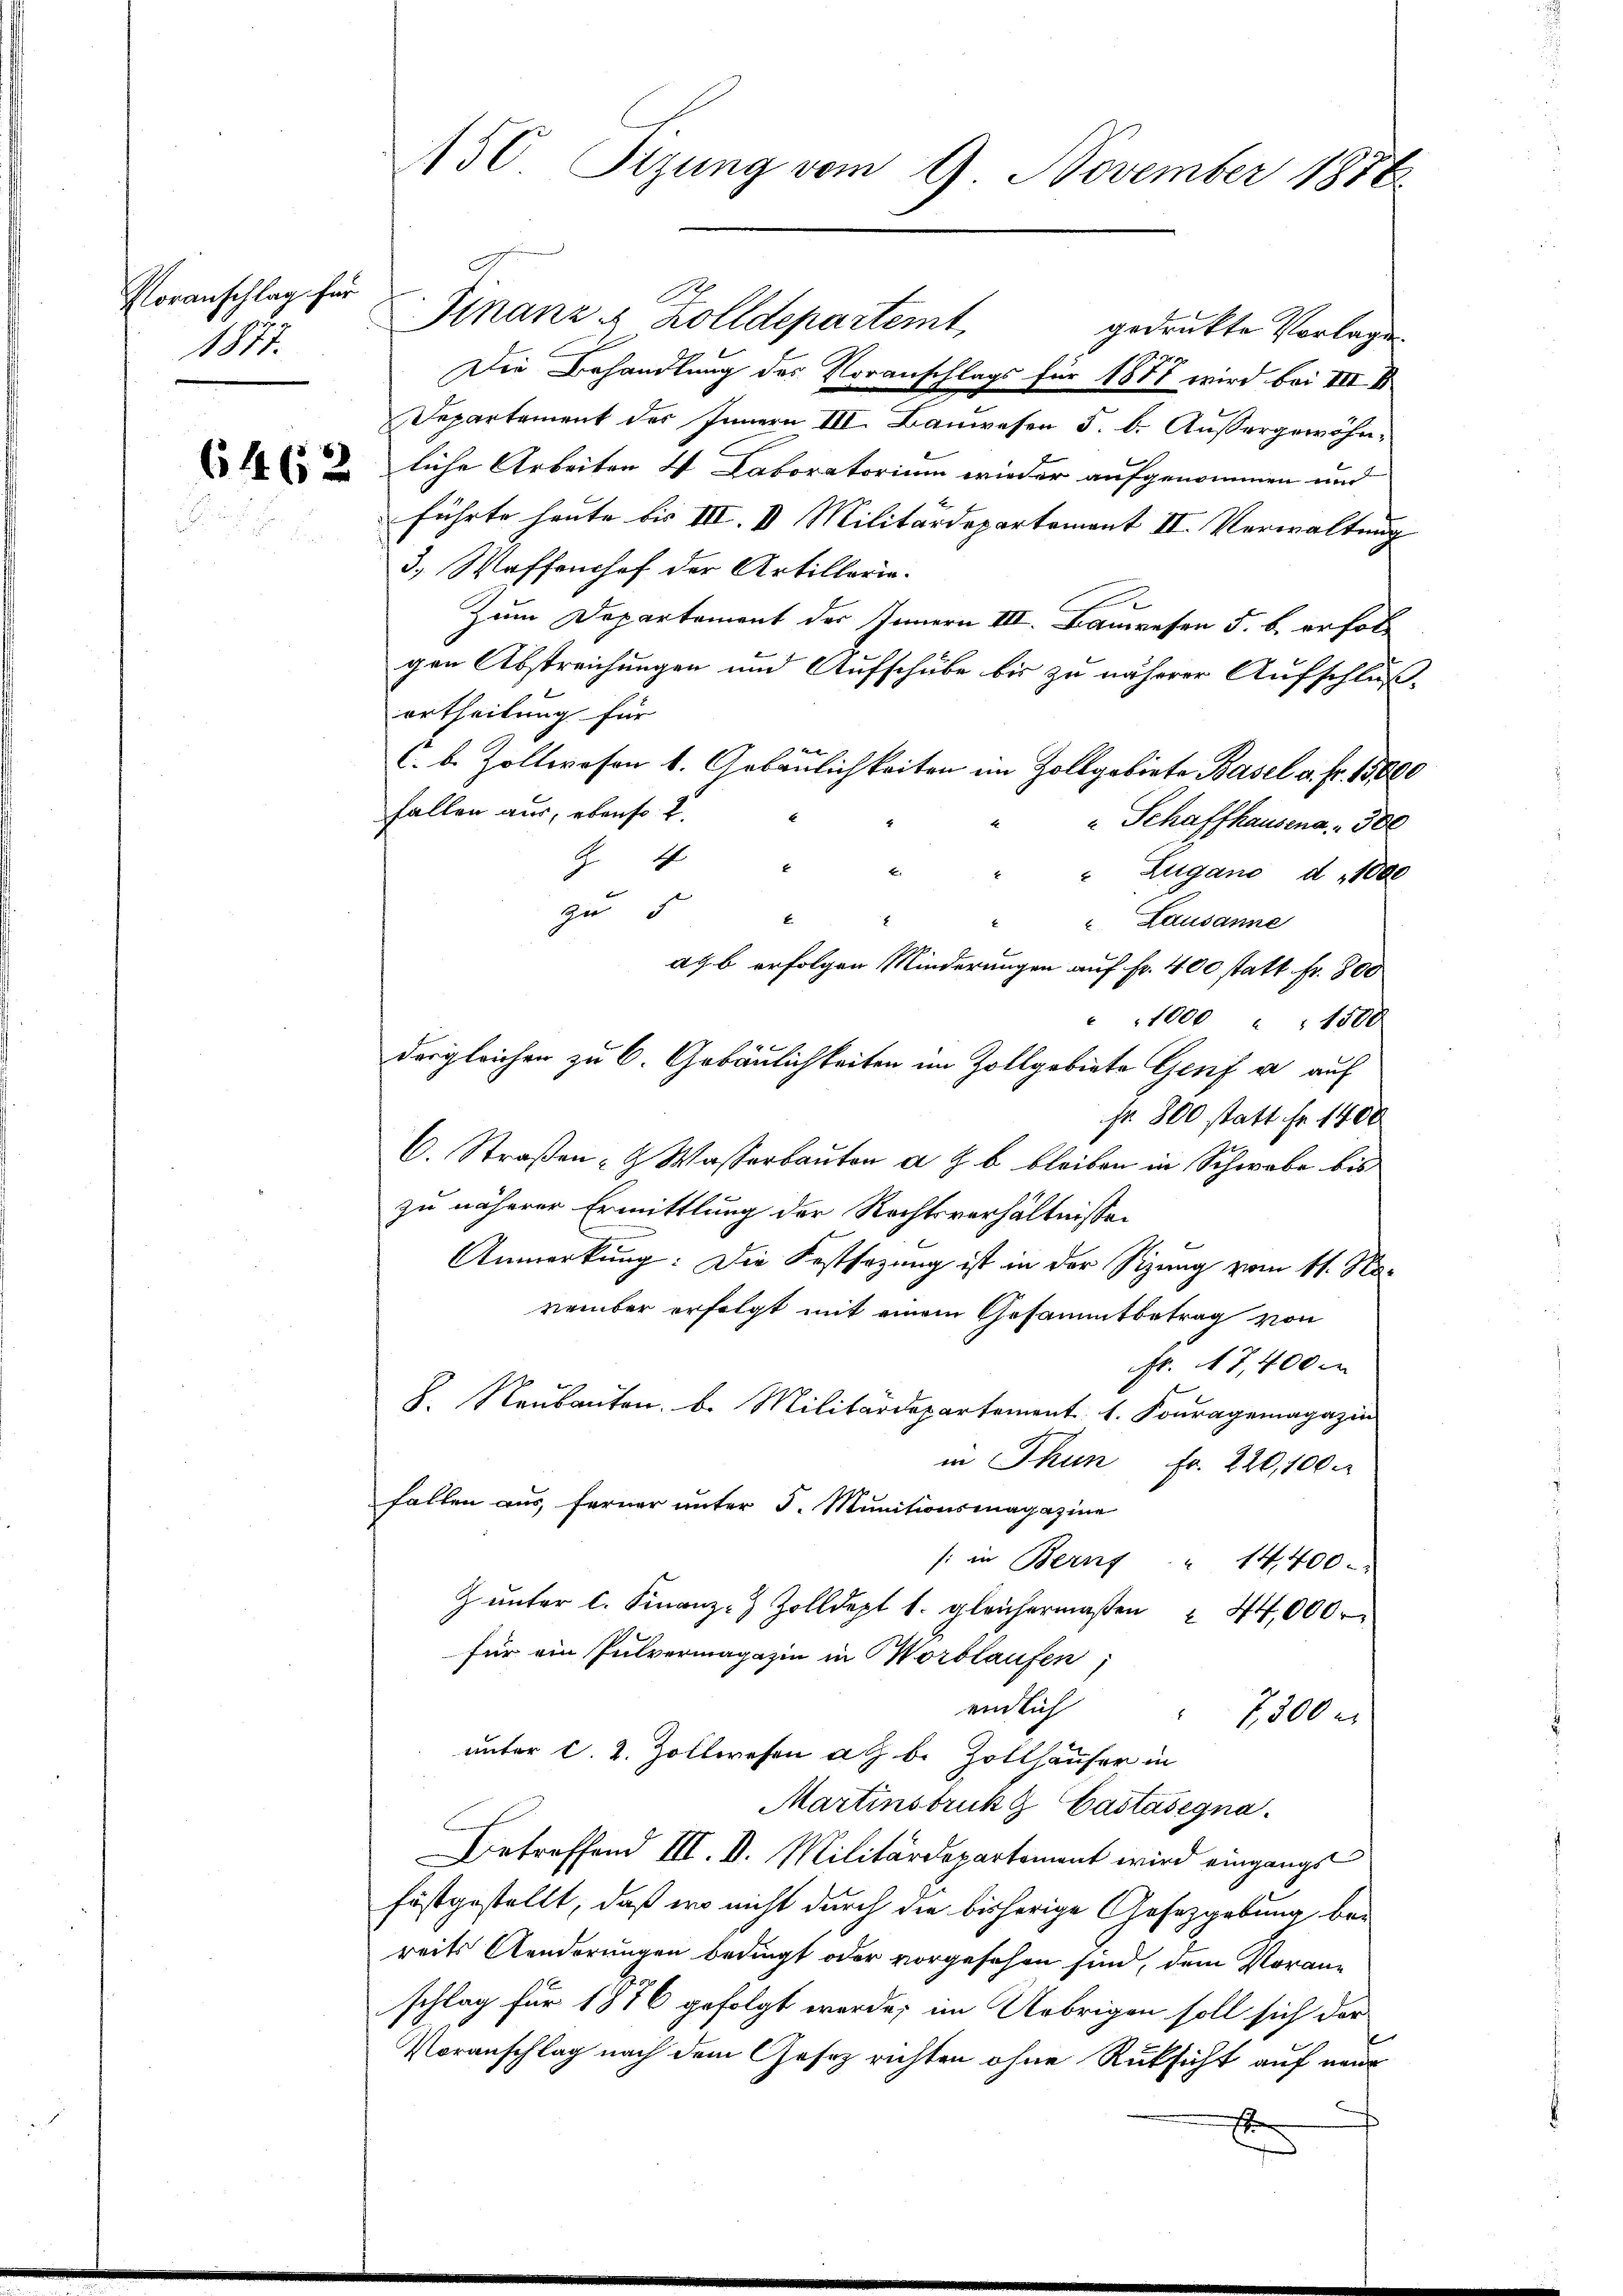
Voranschlag für
1877.

6462

150 Stzung vom 9. November 1878

Finanz u. Zolldepartemt,
gedruckte Vorlage
Die Behandlung des Voranschlags für 1877 wird bei III
Departement des Innern III. Bauwesen 5. b. Aussergewöhnliche Arbeiten V Laboratorium wieder aufgenommen und
führte heute bis III. II. Militärdepartement II. Verwaltung
3., Waffenhof der Artilloria¬
Zum Departement der Innern III. Bauwesen 5. b. erfolgen Abstreichungen und Aufschube bis zu näherer Aufschluß-
ertheilung für
C. b. Zollwesen u. Gebäulichkeiten im Zollgebiete Basel a. Fr. 15,000
fallen aus, ebenso 2.
" Schaffhausena. " 300
G 4 "
 Zugano d. 1000
zu 5
 Lausanne
ag b erfolgen Minderungen auf Fr. 400 statt fr. 800
" 1000 " 1500
dergleichen zu 6. Gebäulichkeiten im Zollgebiete Genf a auf
fr. 800 statt Fr. 1400
C. Straßen- & Wasserbauten a. b. bleiben in Schwabe bis
zu näherer Ermittlung der Rechtsverhältnisse
Anmerkung: Die Festsezung ist in der Sizung vom 11. Na-
vember erfolgt mit einem Gesammtbetrag von
Fr. 17,400 m
L. Neubauten. b. Militärdepartement: 1. Fouragemagazin
in Thun Fr. 220,100
falten aus, ferner unter 5. Munitionsmagazine
s: in Berns " 14400
 ŭnter l. Finanz- Zolldept 1. gleichermaβen " 44,000 r
für ein Pulvermagazin in Morblaufen,
endlich
7,300 r
unter C. 2. Zollwesen a. b. Zollhäuser in
Martinstruk & Castasegna
Betreffend III. D. Militärdepartement wird eingangs
festgestellt, daß wo nicht durch die bisherige Gesetzgebung bei
reits Aenderungen bedingt oder vorgesehen sind, dem Voranschlag für 1876 gefolgt werde; im Uebrigen soll sich der
Voranschlag nach dem Gesetz richten ohne Rüksicht auf neur
E

d